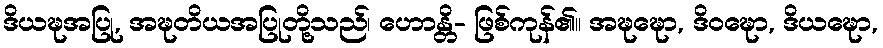
ဒိယဍ္ဎအပြု, အဍ္ဎတိယအပြုတို့သည်၊ ဟောန္တိ- ဖြစ်ကုန်၏။ အဍ္ဎဍ္ဎော, ဒိဝဍ္ဎော, ဒိယဍ္ဎော,